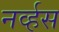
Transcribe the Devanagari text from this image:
नव्‍र्हस